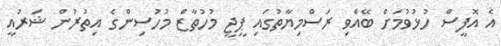
އެ އޮފީސް ހުޅުވުމަށް ބޭއްވި ރަސްމިޔާތުގައި ޕީޖީ މުހުތާޒް މުހުސިންގެ އިތުރުން ޝަރުއީ